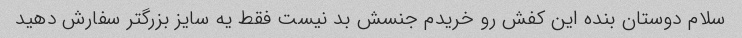
سلام دوستان بنده این کفش رو خریدم جنسش بد نیست فقط یه سایز بزرگتر سفارش دهید